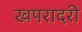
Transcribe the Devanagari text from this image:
खपरादरी